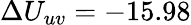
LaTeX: \Delta U_{uv}=-15.98